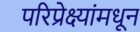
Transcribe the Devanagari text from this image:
परिप्रेक्ष्यांमधून